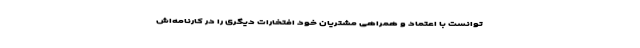
توانست با اعتماد و همراهی مشتریان خود افتخارات دیگری را در کارنامه‌اش